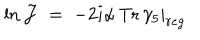
LaTeX: \ln { \mathcal J } \; = \; - 2 i \left. \alpha \, \mathrm { T r } \, \gamma _ { 5 } \right| _ { r e g }